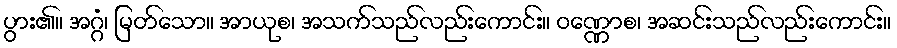
ပွား၏။ အဂ္ဂံ၊ မြတ်သော။ အာယုစ၊ အသက်သည်လည်းကောင်း။ ဝဏ္ဏောစ၊ အဆင်းသည်လည်းကောင်း။